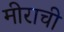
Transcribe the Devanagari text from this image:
मीराची